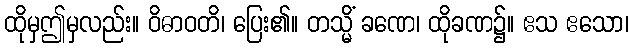
ထိုမှဤမှလည်း။ ဝိဓာဝတိ၊ ပြေး၏။ တသ္မိံ ခဏေ၊ ထိုခဏ၌။ ဧသ ဧသော၊